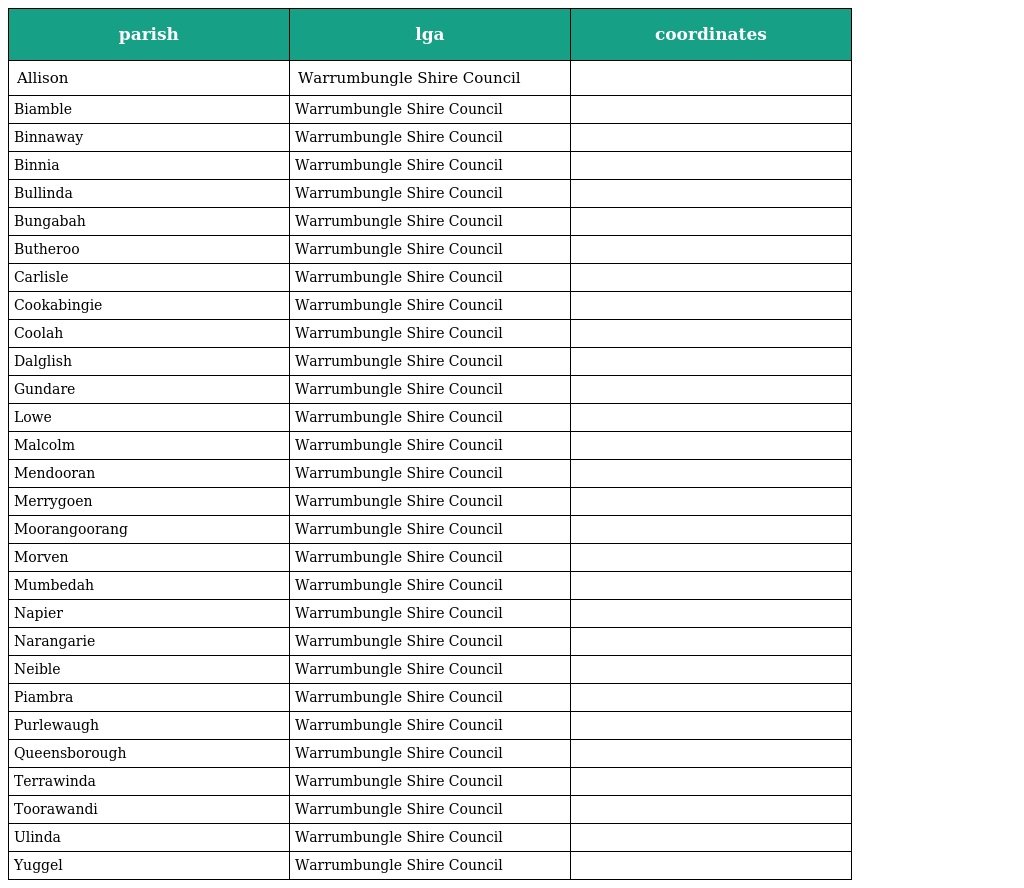
| parish | lga | coordinates |
 | --- | --- | --- |
 | Allison | Warrumbungle Shire Council |  |
 | Biamble | Warrumbungle Shire Council |  |
 | Binnaway | Warrumbungle Shire Council |  |
 | Binnia | Warrumbungle Shire Council |  |
 | Bullinda | Warrumbungle Shire Council |  |
 | Bungabah | Warrumbungle Shire Council |  |
 | Butheroo | Warrumbungle Shire Council |  |
 | Carlisle | Warrumbungle Shire Council |  |
 | Cookabingie | Warrumbungle Shire Council |  |
 | Coolah | Warrumbungle Shire Council |  |
 | Dalglish | Warrumbungle Shire Council |  |
 | Gundare | Warrumbungle Shire Council |  |
 | Lowe | Warrumbungle Shire Council |  |
 | Malcolm | Warrumbungle Shire Council |  |
 | Mendooran | Warrumbungle Shire Council |  |
 | Merrygoen | Warrumbungle Shire Council |  |
 | Moorangoorang | Warrumbungle Shire Council |  |
 | Morven | Warrumbungle Shire Council |  |
 | Mumbedah | Warrumbungle Shire Council |  |
 | Napier | Warrumbungle Shire Council |  |
 | Narangarie | Warrumbungle Shire Council |  |
 | Neible | Warrumbungle Shire Council |  |
 | Piambra | Warrumbungle Shire Council |  |
 | Purlewaugh | Warrumbungle Shire Council |  |
 | Queensborough | Warrumbungle Shire Council |  |
 | Terrawinda | Warrumbungle Shire Council |  |
 | Toorawandi | Warrumbungle Shire Council |  |
 | Ulinda | Warrumbungle Shire Council |  |
 | Yuggel | Warrumbungle Shire Council |  |